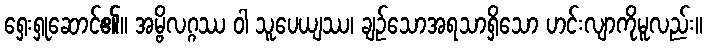
ရှေးရှုဆောင်၏။ အမ္ဗိလဂ္ဂဿ ဝါ သူပေယျဿ၊ ချဉ်သောအရသာရှိသော ဟင်းလျာကိုမူလည်း။